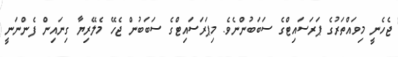
ޖެހެނީ މިވައްތަރުގެ ޕަރަސައިޓްގެ ސަބަބުންނެވެ. މިޕަރަސައިޓްގެ ސަބަބުން ޖެހޭ މެލޭރިޔާ ގިނައިން ފެންނަނީ